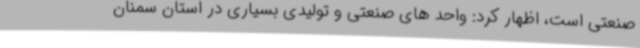
صنعتی است، اظهار کرد: واحد های صنعتی و تولیدی بسیاری در استان سمنان